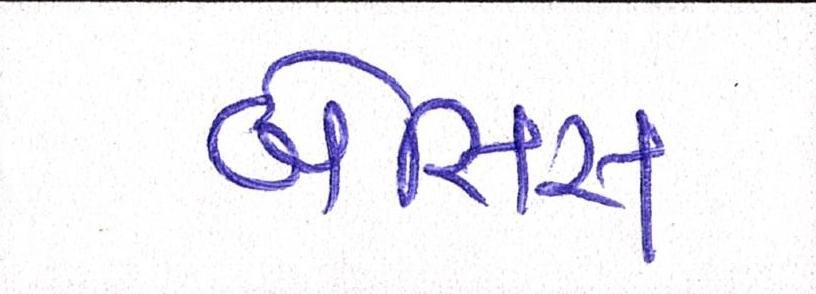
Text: બેસિસ